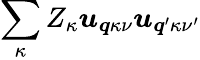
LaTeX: \sum_{\kappa}Z_{\kappa}\boldsymbol{u}_{\boldsymbol{q}\kappa\nu}\boldsymbol{u}_{\boldsymbol{q}^{\prime}\kappa\nu^{\prime}}